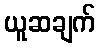
ယူဆချက်